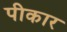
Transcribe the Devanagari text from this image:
पीकार